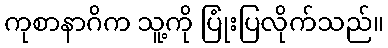
ကုစာနာဂိက သူ့ကို ပြုံးပြလိုက်သည်။